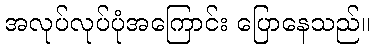
အလုပ်လုပ်ပုံအကြောင်း ပြောနေသည်။